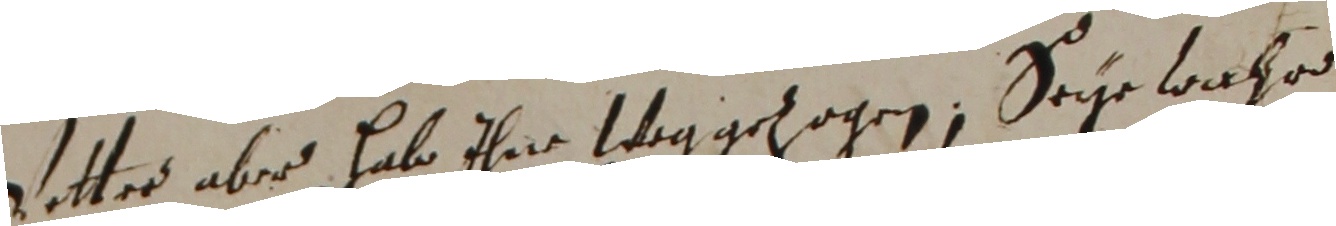
Vetter aber habe ihne weggezogen, seye latoo